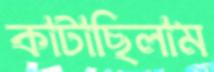
কাটাছিলাম